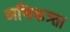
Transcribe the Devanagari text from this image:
अभिकत्र्ता